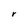
Character: r